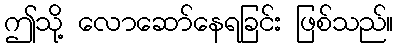
ဤသို့ လောဆော်နေရခြင်း ဖြစ်သည်။